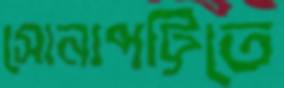
সোনাপট্টিতে